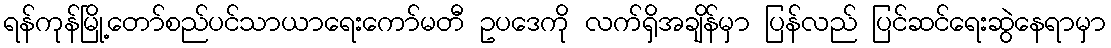
ရန်ကုန်မြို့တော်စည်ပင်သာယာရေးကော်မတီ ဥပဒေကို လက်ရှိအချိန်မှာ ပြန်လည် ပြင်ဆင်ရေးဆွဲနေရာမှာ